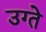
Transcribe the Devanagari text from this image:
उग्ते